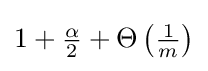
{\textstyle 1+{\frac {\alpha }{2}}+\Theta \left({\frac {1}{m}}\right)}